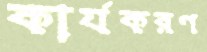
কার্যকরণ